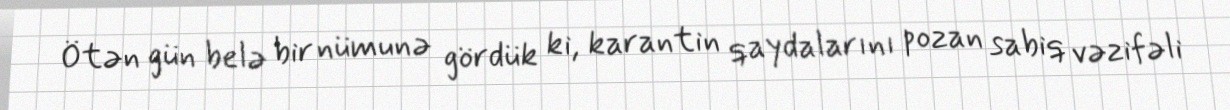
Ötən gün belə bir nümunə gördük ki, karantin qaydalarını pozan sabiq vəzifəli